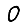
Digit: 0